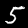
Digit: 5